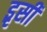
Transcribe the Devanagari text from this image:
इृसी